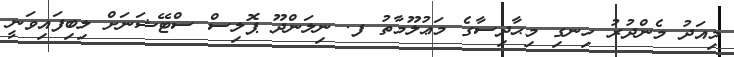
މިއަދު މެންދުރު ހިނގި މިޙާދިސާގެ މަޢުލޫމާތު ފ. ނިލަންދޫ ޕޮލިސް ސްޓޭޝަނަށް ލިބިފައިވަނީ